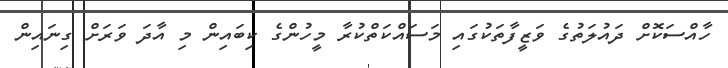
ހާއްސަކޮށް ދައުލަތުގެ ވަޒީފާތަކުގައި މަސައްކަތްކުރާ މީހުންގެ ކިބައިން މި އާދަ ވަރަށް ގިނައިން